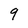
Character: 9